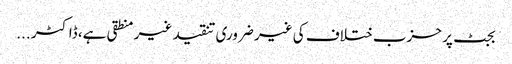
بجٹ پر حزب ختلاف کی غیر ضروری تنقید غیر منطقی ہے، ڈاکٹر ...